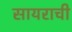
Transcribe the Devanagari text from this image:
सायराची